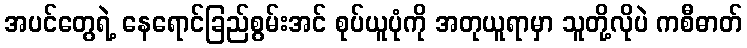
အပင်တွေရဲ့ နေရောင်ခြည်စွမ်းအင် စုပ်ယူပုံကို အတုယူရာမှာ သူတို့လိုပဲ ကစီဓာတ်